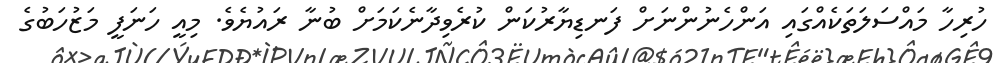
ހުރިހާ މައްސަލަތަކެއްގައި އަންހެނުންނަށް ފަނޑިޔާރުކަން ކުރެވިދާނެކަމަށް ބުނާ ރައުޔެވެ. މިއީ ހަނަފީ މަޒުހަބުގެ